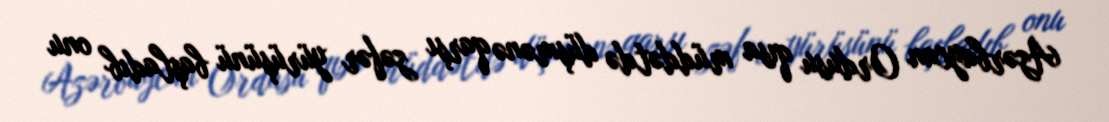
Azərbaycan Ordusu qısa müddətdə düşmənə qarşı zəfər yürüşünü başladıb onu